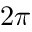
2 \pi